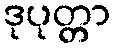
ဒုပုတ္တာ